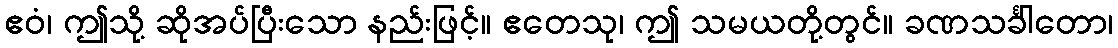
ဧဝံ၊ ဤသို့ ဆိုအပ်ပြီးသော နည်းဖြင့်။ ဧတေသု၊ ဤ သမယတို့တွင်။ ခဏသင်္ခါတော၊